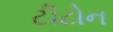
ટીટોન